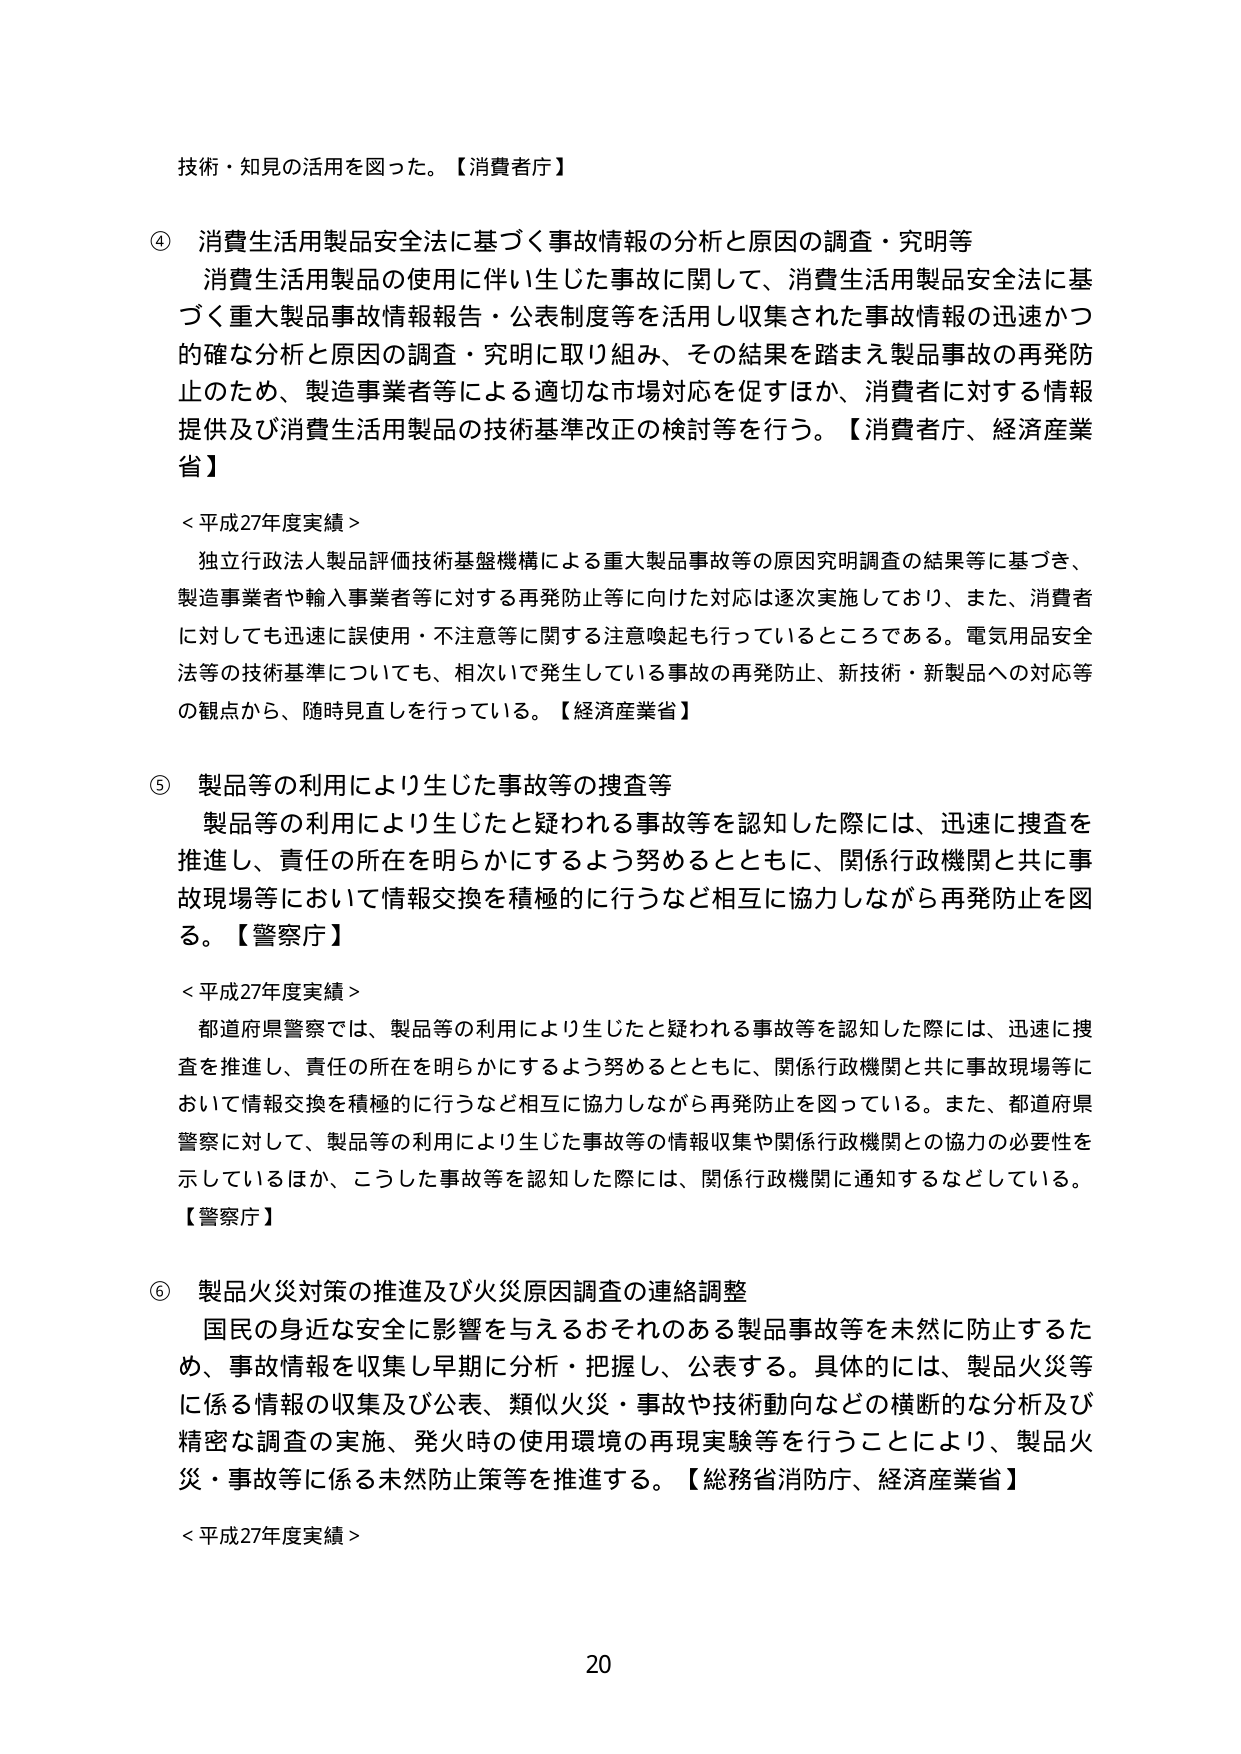
技術・知見の活用を図った。【消費者庁】

④ 消費生活用製品安全法に基づく事故情報の分析と原因の調査・究明等
消費生活用製品の使用に伴い生じた事故に関して、消費生活用製品安全法に基づく重大製品事故情報報告・公表制度等を活用し収集された事故情報の迅速かつ的確な分析と原因の調査・究明に取り組み、その結果を踏まえ製品事故の再発防止のため、製造事業者等による適切な市場対応を促すほか、消費者に対する情報提供及び消費生活用製品の技術基準改正の検討等を行う。【消費者庁、経済産業省】

＜平成27年度実績＞
独立行政法人製品評価技術基盤機構による重大製品事故等の原因究明調査の結果等に基づき、製造事業者や輸入事業者等に対する再発防止等に向けた対応は逐次実施しており、また、消費者に対しても迅速に誤使用・不注意等に関する注意喚起も行っているところである。電気用品安全法等の技術基準についても、相次いで発生している事故の再発防止、新技術・新製品への対応等の観点から、随時見直しを行っている。【経済産業省】

⑤ 製品等の利用により生じた事故等の捜査等
製品等の利用により生じたと疑われる事故等を認知した際には、迅速に捜査を推進し、責任の所在を明らかにするよう努めるとともに、関係行政機関と共に事故現場等において情報交換を積極的に行うなど相互に協力しながら再発防止を図る。【警察庁】

＜平成27年度実績＞
都道府県警察では、製品等の利用により生じたと疑われる事故等を認知した際には、迅速に捜査を推進し、責任の所在を明らかにするよう努めるとともに、関係行政機関と共に事故現場等において情報交換を積極的に行うなど相互に協力しながら再発防止を図っている。また、都道府県警察に対して、製品等の利用により生じた事故等の情報収集や関係行政機関との協力の必要性を示しているほか、こうした事故等を認知した際には、関係行政機関に通知するなどしている。
【警察庁】

⑥ 製品火災対策の推進及び火災原因調査の連絡調整
国民の身近な安全に影響を与えるおそれのある製品事故等を未然に防止するため、事故情報を収集し早期に分析・把握し、公表する。具体的には、製品火災等に係る情報の収集及び公表、類似火災・事故や技術動向などの横断的な分析及び精密な調査の実施、発火時の使用環境の再現実験等を行うことにより、製品火災・事故等に係る未然防止策等を推進する。【総務省消防庁、経済産業省】

＜平成27年度実績＞

20